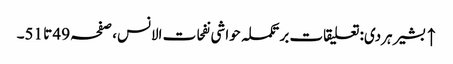
↑ بشیر ہردی: تعلیقات بر تکملہ حواشی نفحات الانس، صفحہ 49 تا 51۔